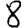
Digit: 8